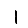
Digit: 1